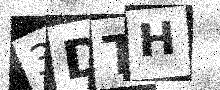
Text: 3DTH